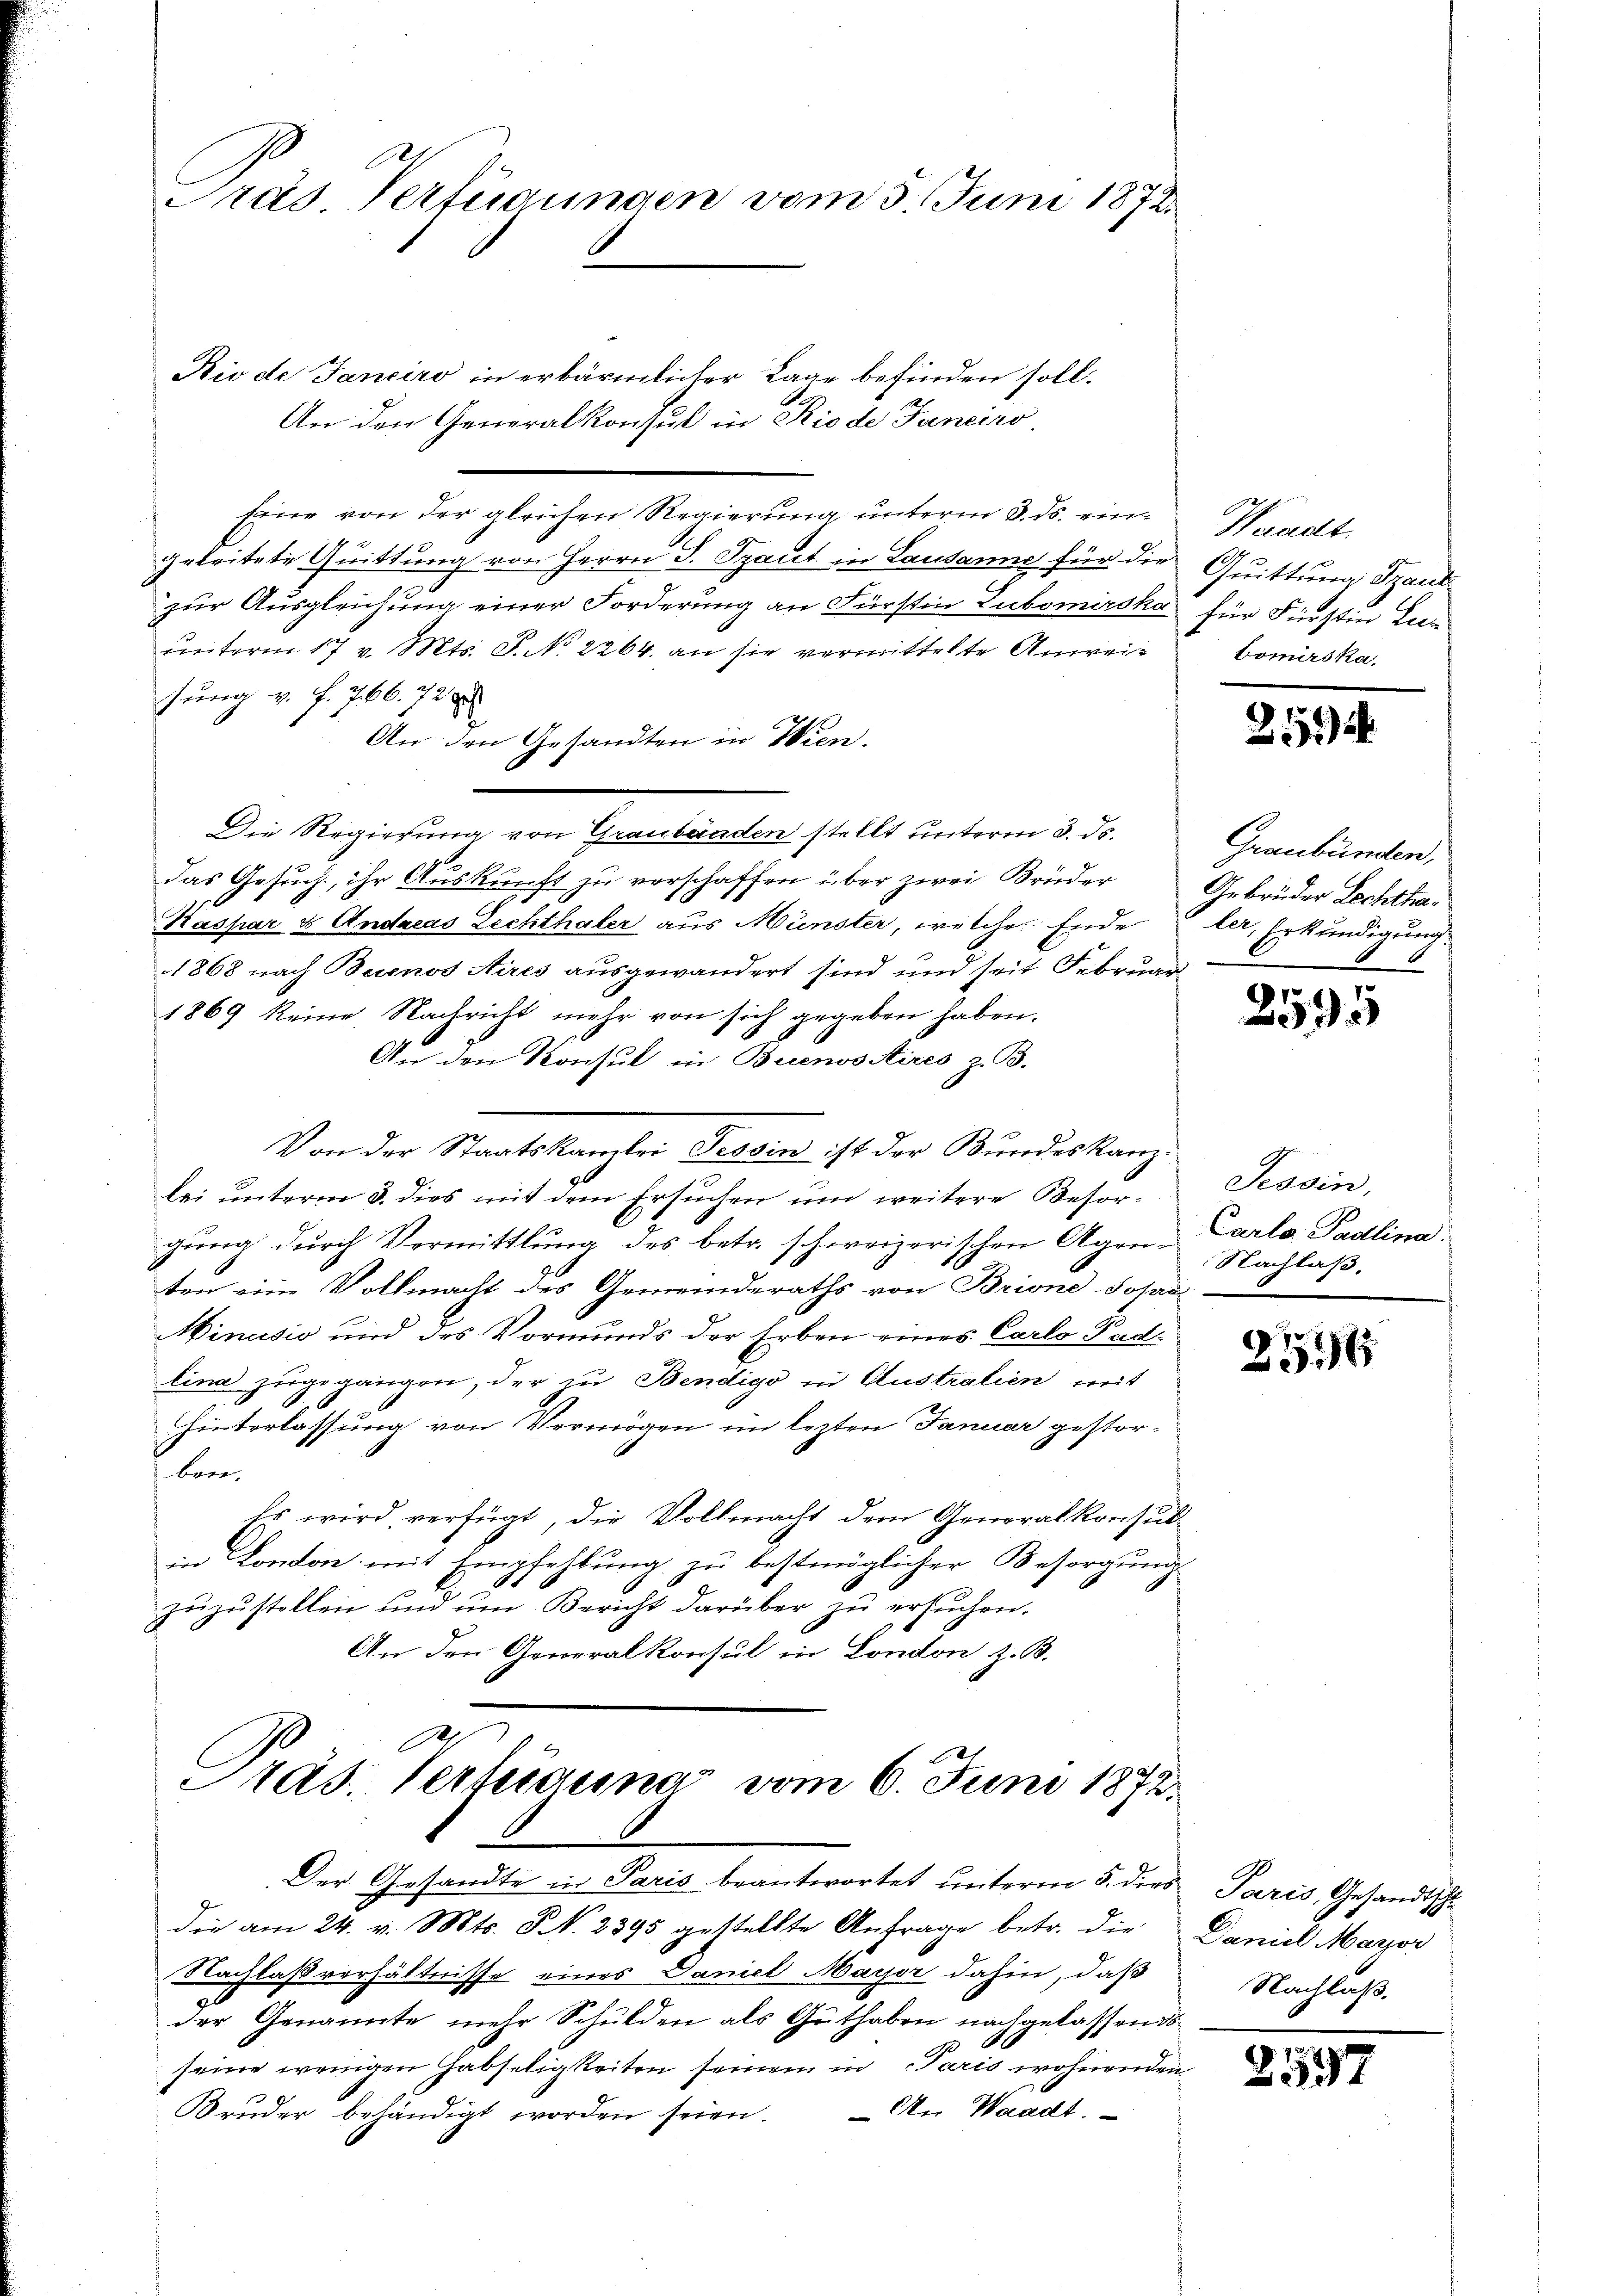
Präs. Verfügungen vom 3. Juni 1872.

Rio de Janeiro in erbärmlicher Lage befinden soll.
An den Generalkonsul in Rio de Janeiro
Eine von der gleichen Regierung unterm 3. ds. eingeleitete Quittung von Herrn P. Spant in Lausanne für die Quittung Saut
zur Ausgleichung einer Forderung an Fürstin Subomirska für Fürstin Lieunterm 17 v. Mts. S. No. 2264. an sie vermittelte Anweisung v. f. 766. 728
An den Gesandten in Wien.
Die Regierung von Graubänden stellt unterm 3. ds.
das Gesuch, ihr Auskunft zu verschaffen über zwei Brüder
Kaspar & Andreas Lechthaler aus Münster, welche Ende
1868 nach Buenos Aires ausgewandert sind und seit Februar
1869 keine Nachricht mehr von sich gegeben haben.
An den Konsul in Buenoostires z. B.
Von der Staatskamlei Tessin ist der Bundeskanzlai unterm 3. dies mit dem Ersuchen um weitere Besorgung durch Vermittlung des betr. schweizerischen Agen-Carlo Padlina
ten eine Vollmacht des Gemeinderaths von Brione Sopa
Minusio und des Vormunds der Erben eines Carlo Pachlina zugegangen, der zu Bendigo in Australien, mit
Hinterlassung von Vermögen im lezten Januar gestorbn
Es wird verfügt, die Vollmacht dem Generalkonsul
in London mit Empfehlung zu bestmöglicher Besorgung
zuzustellen und um Bericht darüber zu ersuchen.
An den Generalkonsul in London z. B.

Präs. Verfüguna vom 6. Juni 1872.

Der Gesandte in Paris beantwortet unterm 5. ders Paris, Gesandtsch
die am 24. v. Mts. S. 2395 gestellte Anfrage betr. die
Nachlaßverhältnisse eines Daniel Mayer dahin, daß
der Genannte mehr Schulden als Guthaben nachgelassends
seine wenigen Habseligkeiten seinem in Paris wohnenden
Aer Waadt.
Bruder behändigt worden seien.

Waadt.
bomirska,

2594

Graubünden,
Gebrüder Lechthaler, Erkundigungs

2595

Tessin,
Nachlaß.

256

Daniel Mayor
Nachlaß.

255.